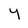
Character: y